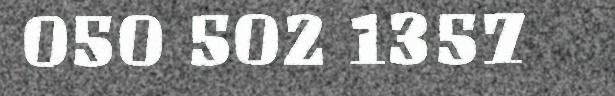
050 502 1357